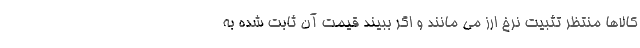
کالاها منتظر تثبیت نرخ ارز می مانند و اگر ببیند قیمت آن ثابت شده به